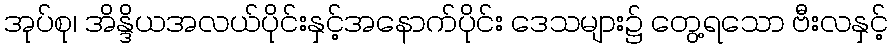
အုပ်စု၊ အိန္ဒိယအလယ်ပိုင်းနှင့်အနောက်ပိုင်း ဒေသများ၌ တွေ့ရသော ဗီးလနှင့်